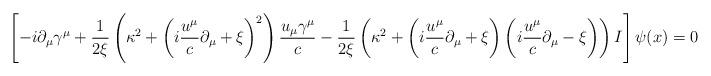
LaTeX: \begin{align*}\left[-i\partial_{\mu}\gamma^\mu+\frac{1}{2\xi}\left(\kappa^2+\left(i\frac{u^\mu}{c}\partial_\mu+\xi\right)^2\right)\frac{u_\mu\gamma^\mu}{c}-\frac{1}{2\xi}\left(\kappa^2+\left(i\frac{u^\mu}{c}\partial_\mu+\xi\right)\left(i\frac{u^\mu}{c}\partial_\mu-\xi\right)\right)I\right]\psi(x)=0 \end{align*}